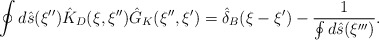
\begin{align*}\oint{d}\hat{s}(\xi''){\hat{K}_D}(\xi,\xi''){\hat{G}_K}(\xi'',\xi')={\hat{\delta}_B}(\xi-\xi')-{1\over{\oint{d}\hat{s}(\xi''')}}.\end{align*}